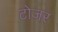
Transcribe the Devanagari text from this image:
टोजर